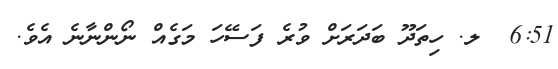
6:51  ލ. ހިތަދޫ ބަދަރަށް ވުރެ ފަސޭހަ މަގެއް ނޯންނާނެ އެވެ.